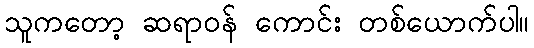
သူကတော့ ဆရာဝန် ကောင်း တစ်ယောက်ပါ။